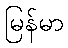
မြန်မာ